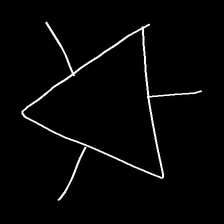
Glyph: fire